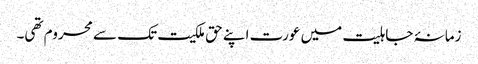
زمانۂ جاہلیت میں عورت اپنے حق ملکیت تک سے محروم تھی۔